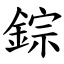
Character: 錝